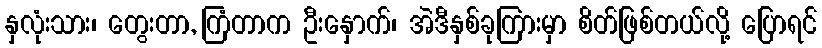
နှလုံးသား၊ တွေးတာ, ကြံတာက ဦးနှောက်၊ အဲဒီနှစ်ခုကြားမှာ စိတ်ဖြစ်တယ်လို့ ပြောရင်